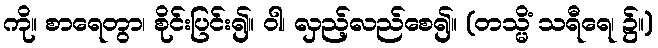
ကို။ စာရေတွာ၊ စိုင်းပြင်း၍။ ဝါ၊ လှည့်လည်စေ၍။ (တသ္မိံ သရီရေ၊ ၌။)